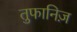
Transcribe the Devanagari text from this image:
तुफानिज़